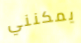
يمكنني